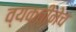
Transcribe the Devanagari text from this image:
व्यक्तीनेच